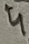
Text: 4